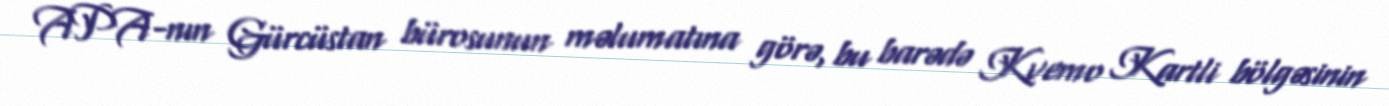
APA-nın Gürcüstan bürosunun məlumatına görə, bu barədə Kvemo Kartli bölgəsinin